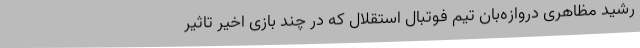
رشید مظاهری دروازه‌بان تیم فوتبال استقلال که در چند بازی اخیر تاثیر